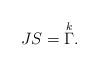
LaTeX: \begin{align*}JS=\overset{k}{\Gamma }. \end{align*}